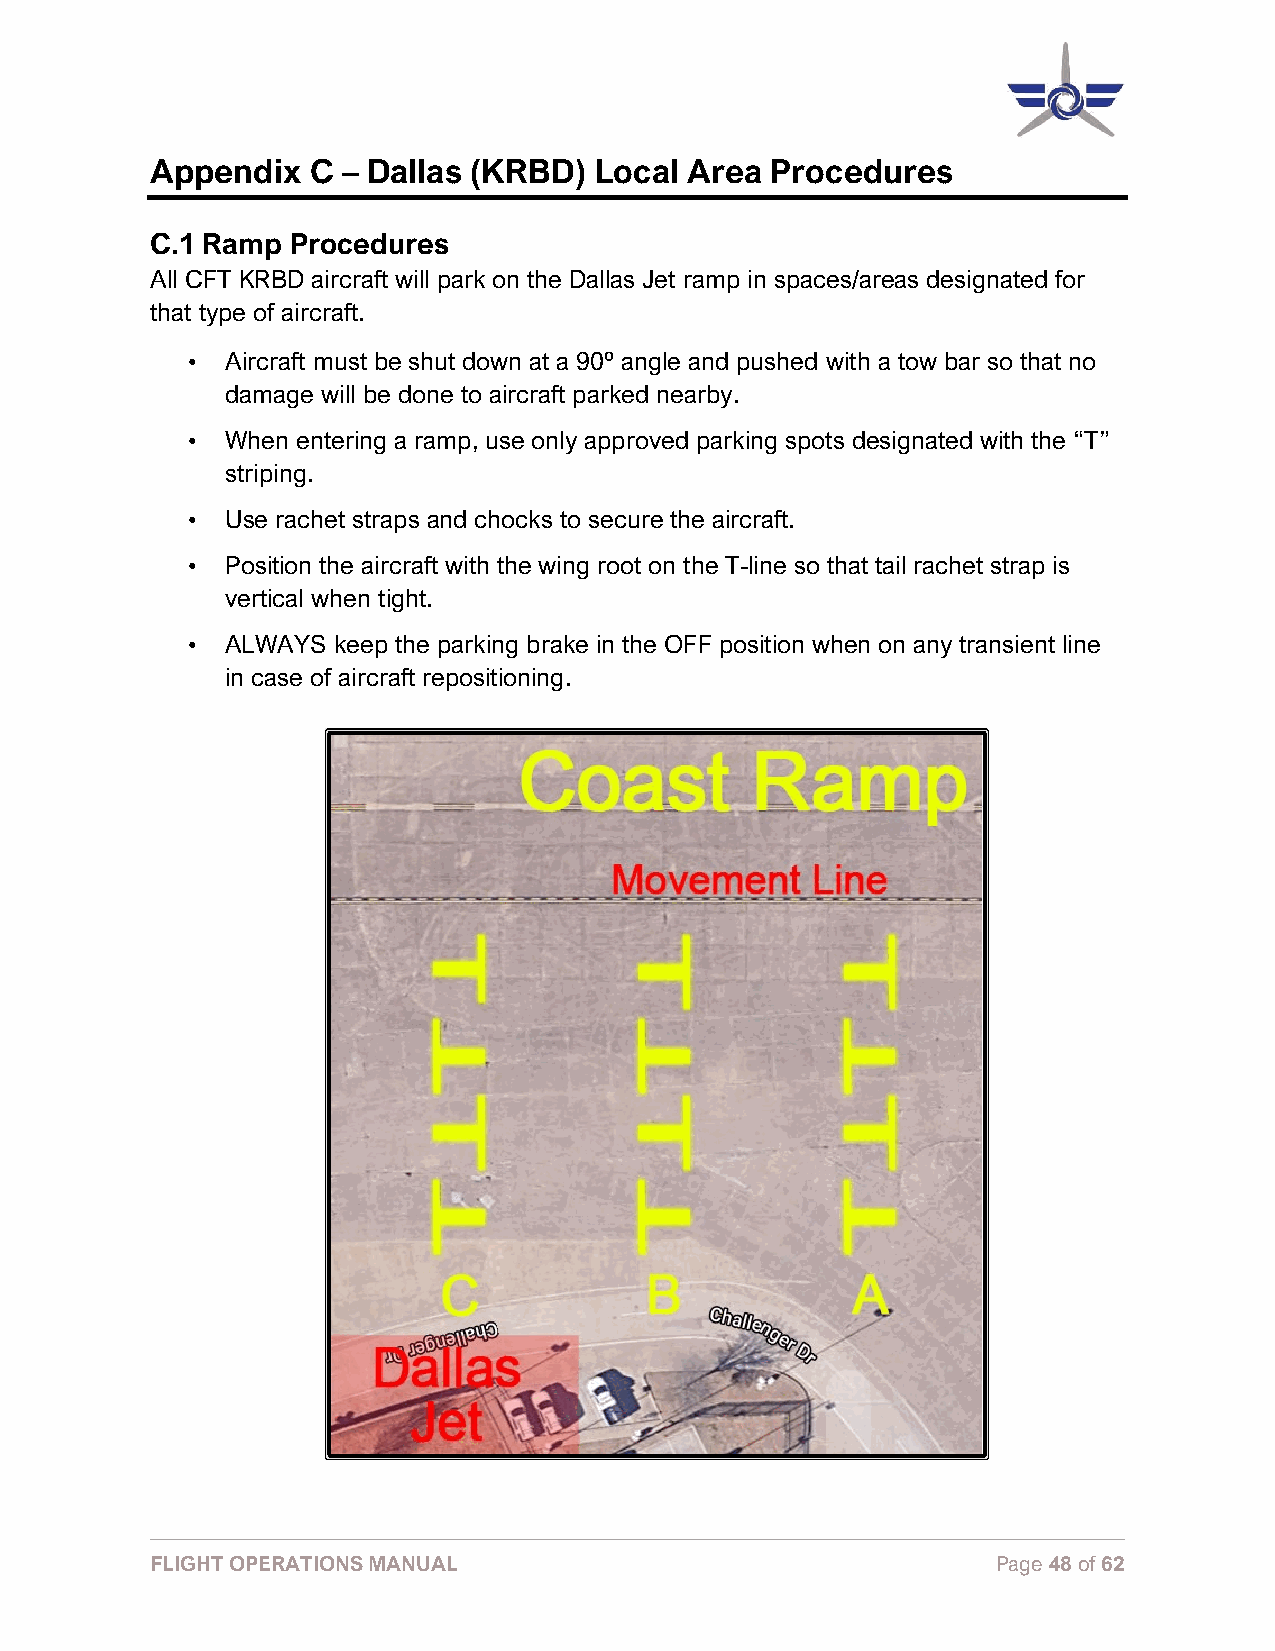
Appendix  C  – Dallas (KRBD) Local Area  Procedures
 C.1 Ramp Procedures
 All CFT KRBD aircraft will park on the Dallas Jet ramp in spaces/areas designated for
 that type of aircraft.
 •  Aircraft must be shut down at a 90º angle and pushed with a tow bar so that no
 damage will be done to aircraft parked nearby.
 •  When entering a ramp, use only approved parking spots designated with the “T”
 striping.
 •  Use rachet straps and chocks to secure the aircraft.
 •  Position the aircraft with the wing root on the T-line so that tail rachet strap is
 vertical when tight.
 •  ALWAYS keep the parking brake in the OFF position when on any transient line
 in case of aircraft repositioning.
 FLIGHT OPERATIONS MANUAL                                Page 48 of 62